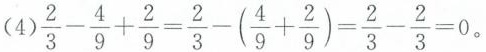
(4)$$\frac{2}{3}- \frac{4}{9}+ \frac{2}{9}= \frac{2}{3}-(\frac{4}{9}+ \frac{2}{9})= \frac{2}{3}- \frac{2}{3}=0$$。